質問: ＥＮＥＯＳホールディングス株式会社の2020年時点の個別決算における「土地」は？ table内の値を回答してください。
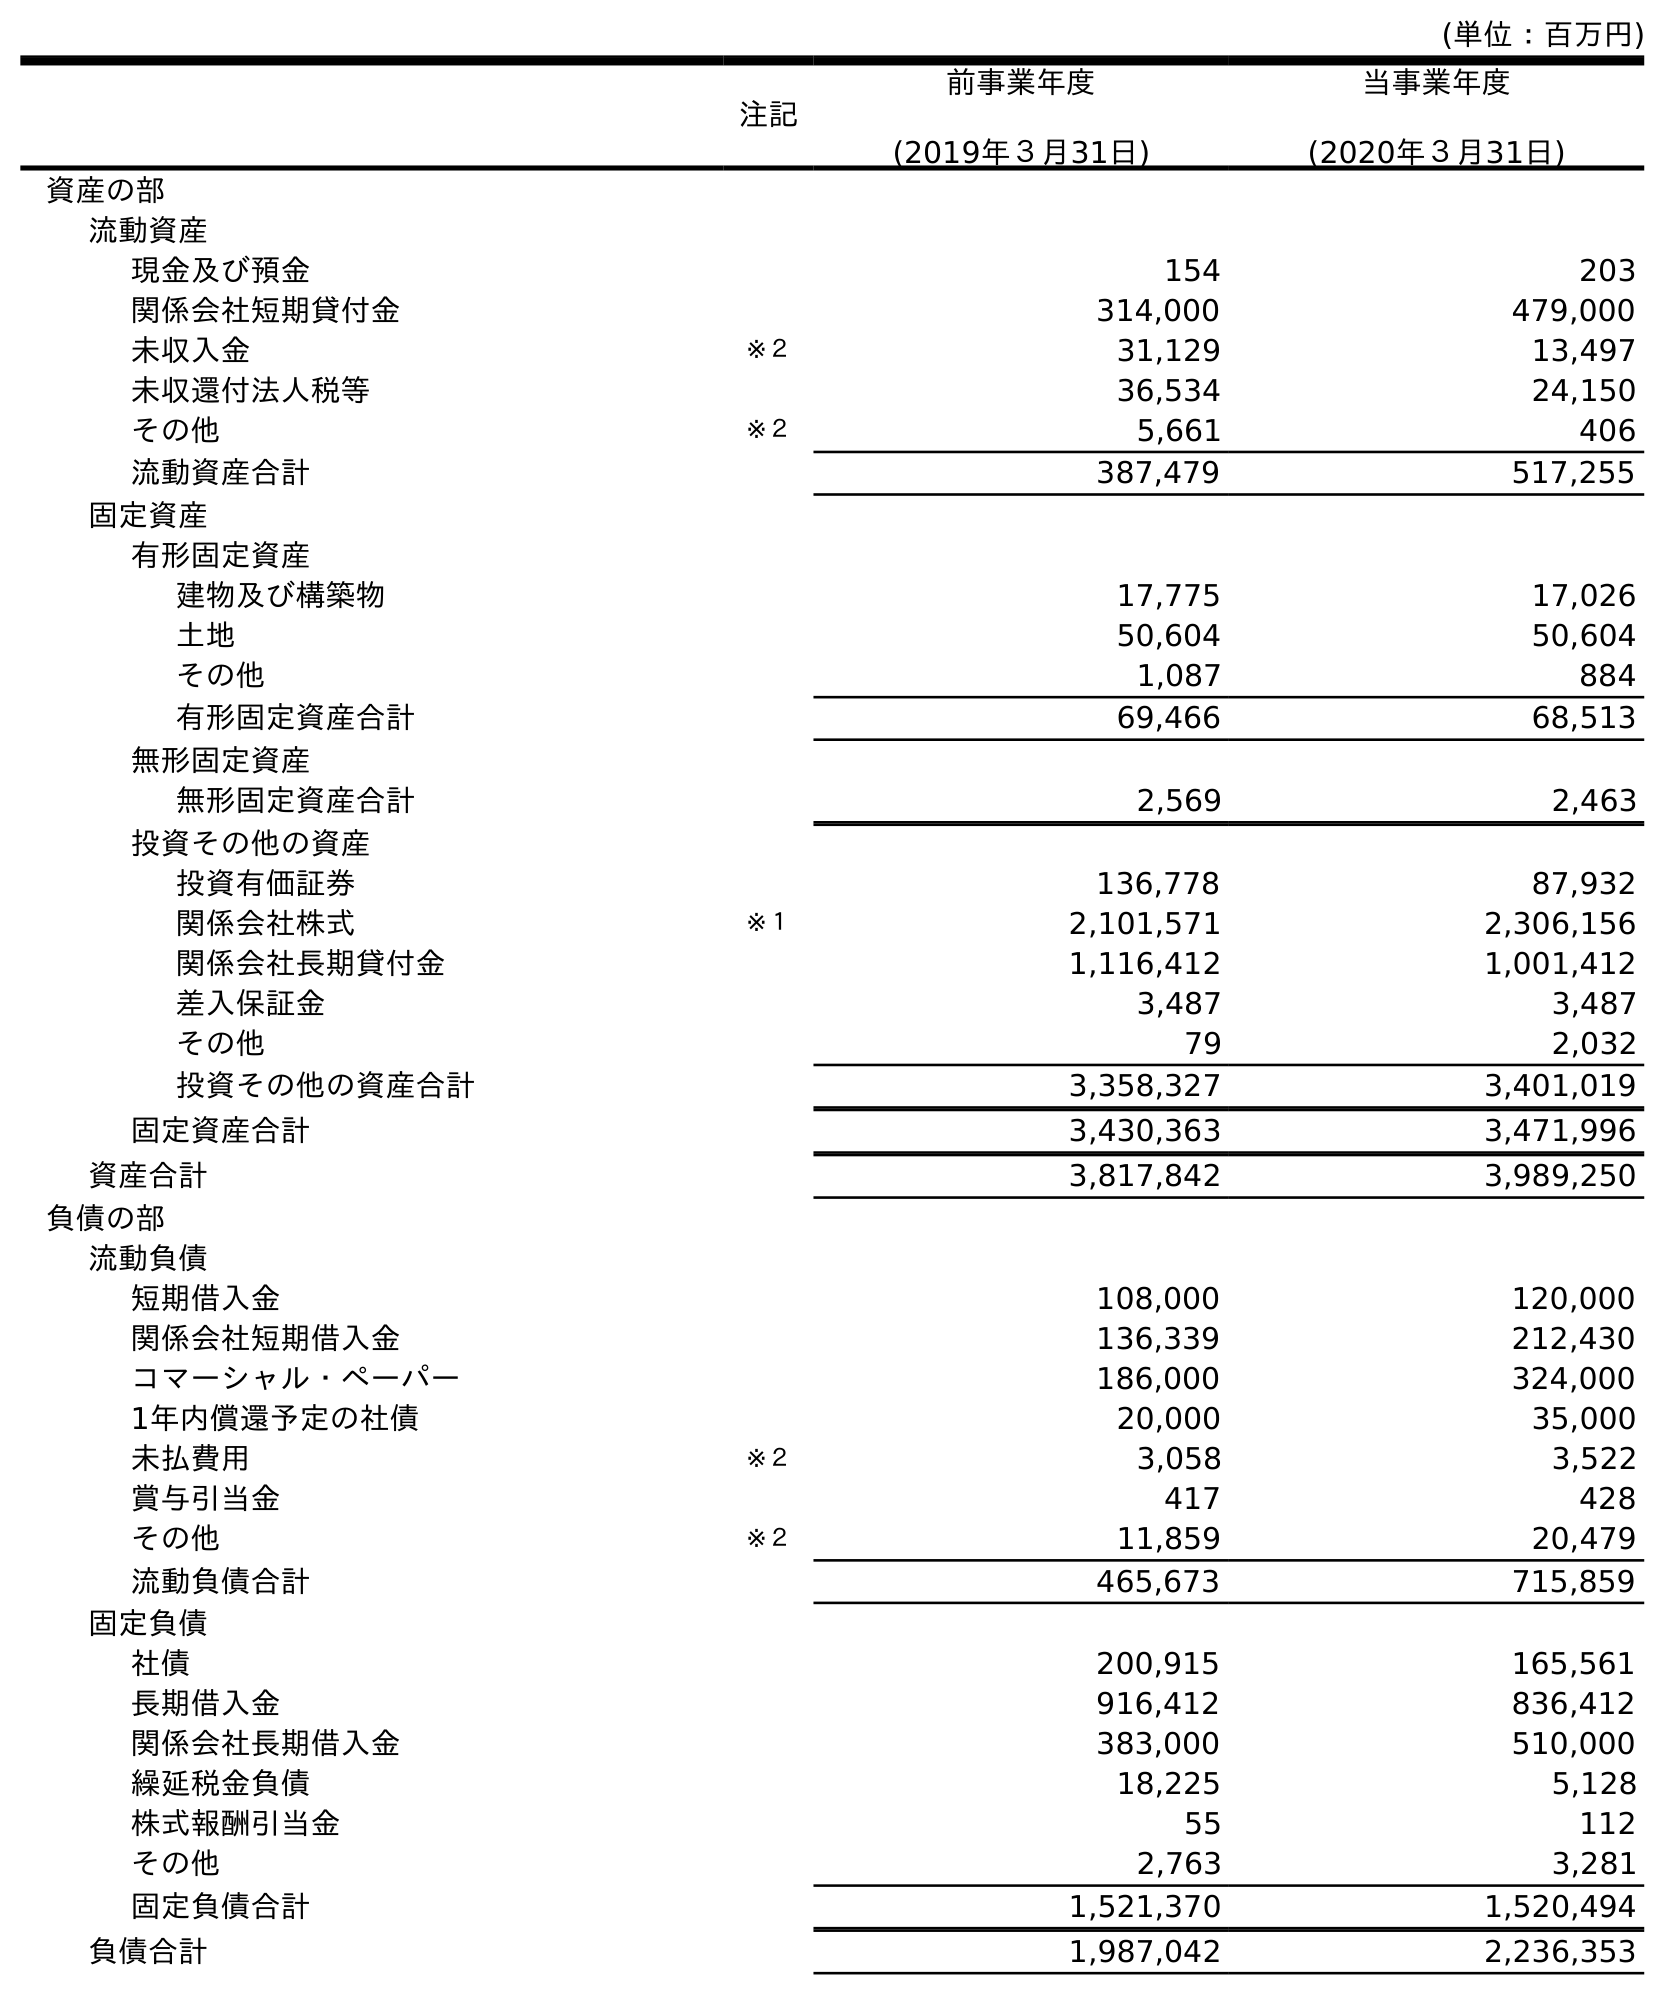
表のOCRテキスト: (単位：百万円) 注記 前事業年度 (2019年３月31日) 当事業年度 (2020年３月31日) 資産の部 流動資産 現金及び預金 154 203 関係会社短期貸付金 314,000 479,000 未収入金 ※２ 31,129 13,497 未収還付法人税等 36,534 24,150 その他 ※２ 5,661 406 流動資産合計 387,479 517,255 固定資産 有形固定資産 建物及び構築物 17,775 17,026 土地 50,604 50,604 その他 1,087 884 有形固定資産合計 69,466 68,513 無形固定資産 無形固定資産合計 2,569 2,463 投資その他の資産 投資有価証券 136,778 87,932 関係会社株式 ※１ 2,101,571 2,306,156 関係会社長期貸付金 1,116,412 1,001,412 差入保証金 3,487 3,487 その他 79 2,032 投資その他の資産合計 3,358,327 3,401,019 固定資産合計 3,430,363 3,471,996 資産合計 3,817,842 3,989,250 負債の部 流動負債 短期借入金 108,000 120,000 関係会社短期借入金 136,339 212,430 コマーシャル・ペーパー 186,000 324,000 1年内償還予定の社債 20,000 35,000 未払費用 ※２ 3,058 3,522 賞与引当金 417 428 その他 ※２ 11,859 20,479 流動負債合計 465,673 715,859 固定負債 社債 200,915 165,561 長期借入金 916,412 836,412 関係会社長期借入金 383,000 510,000 繰延税金負債 18,225 5,128 株式報酬引当金 55 112 その他 2,763 3,281 固定負債合計 1,521,370 1,520,494 負債合計 1,987,042 2,236,353
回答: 50,604